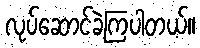
လုပ်ဆောင်ခဲ့ကြပါတယ်။